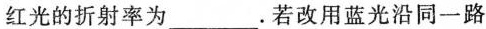
红光的折射率为___.若改用蓝光沿同一路